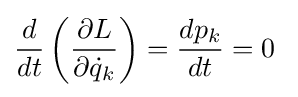
{\frac {d}{dt}}\left({\frac {\partial L}{\partial {\dot {q}}_{k}}}\right)={\frac {dp_{k}}{dt}}=0~